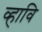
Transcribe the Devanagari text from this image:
व्हावि